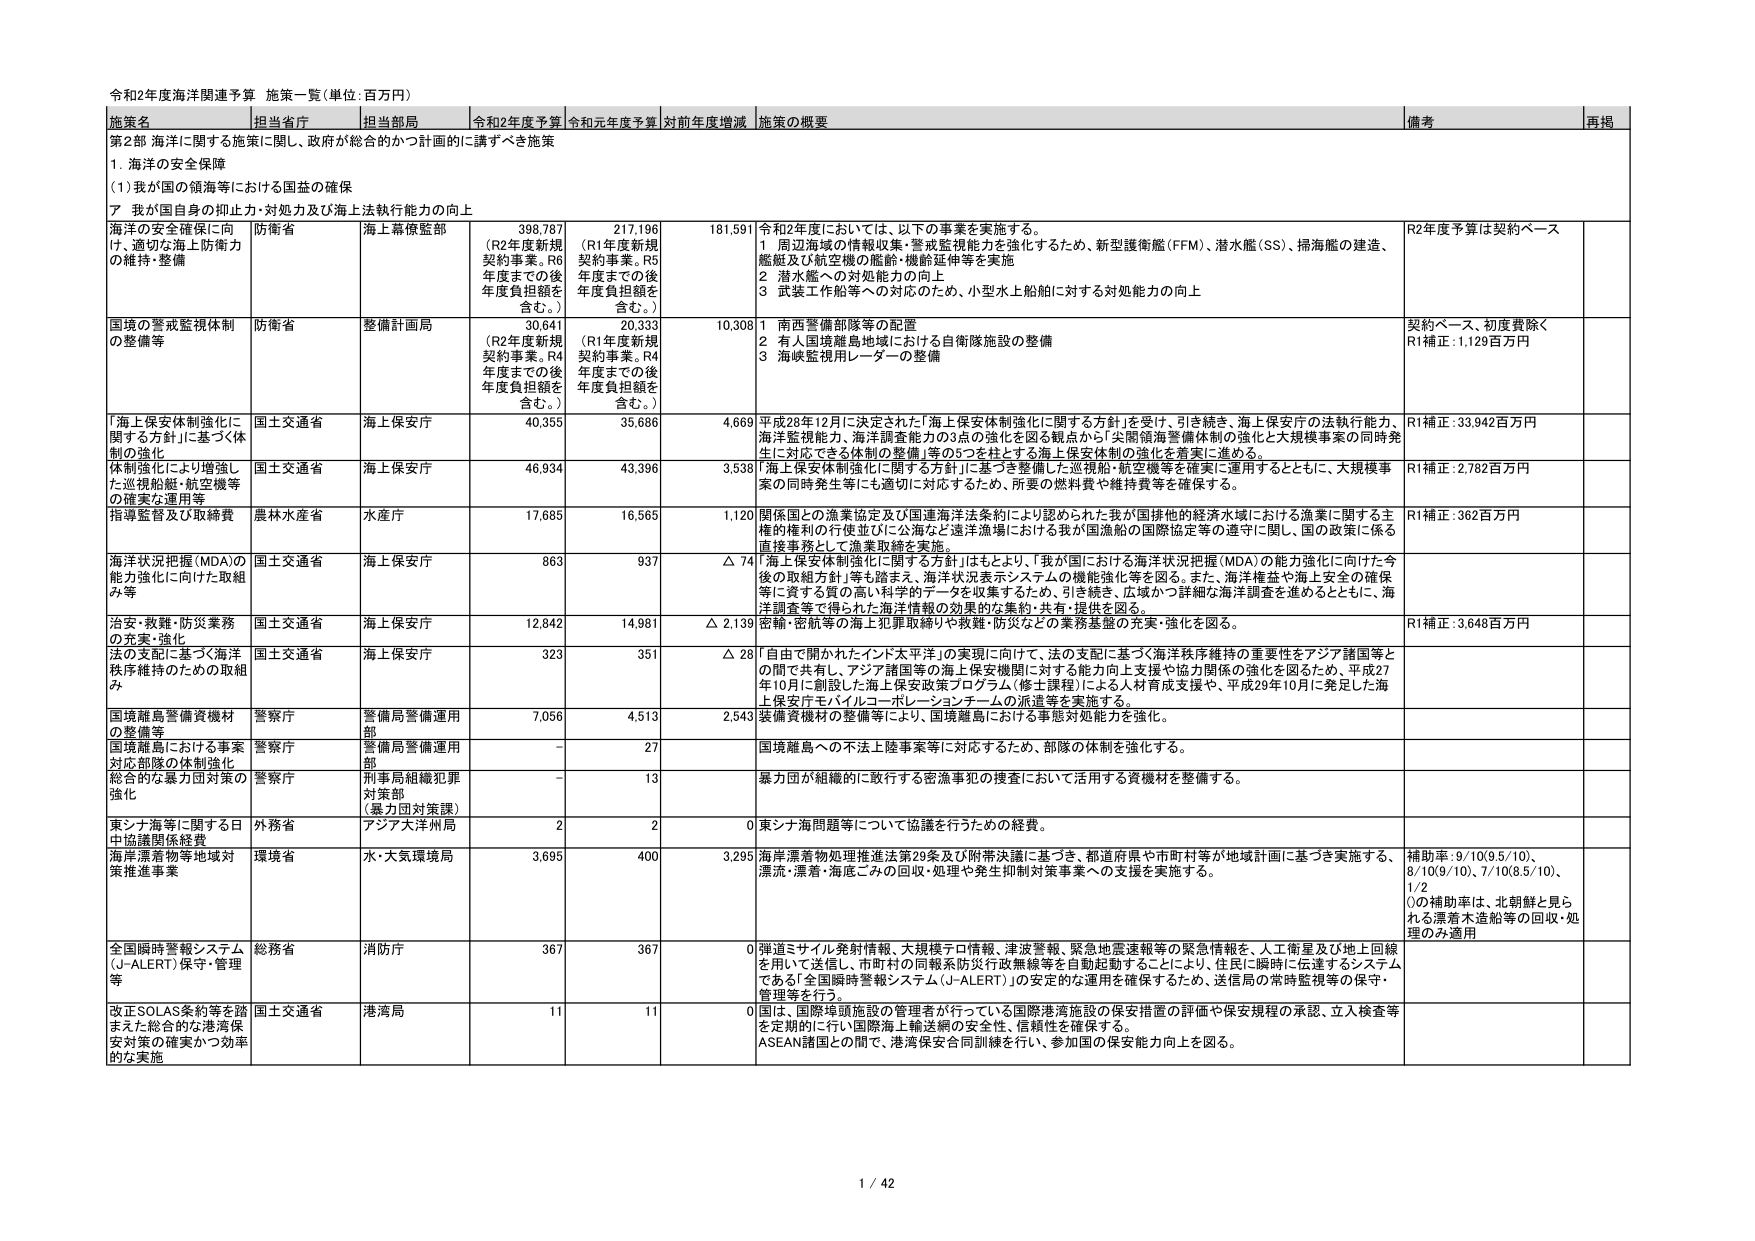
令和2年度海洋関連予算 施策一覧（単位：百万円）

施策名 担当省庁 担当部局 令和2年度予算 令和元年度予算 対前年度増減 施策の概要 備考 再掲

第2部 海洋に関する施策に関し、政府が総合的かつ計画的に講ずべき施策

1. 海洋の安全保障

(1) 我が国の領海等における国益の確保

ア 我が国自身の抑止力・対処力及び海上法執行能力の向上

海洋の安全確保に向け、適切な海上防衛力の維持・整備 防衛省 海上幕僚監部 398,787 （R2年度新規契約事業。R6年度までの後年度負担額を含む。） 217,196 （R1年度新規契約事業。R5年度までの後年度負担額を含む。） 181,591 令和2年度においては、以下の事業を実施する。 1 周辺海域の情報収集・警戒監視能力を強化するため、新型護衛艦（FFM）、潜水艦（SS）、掃海艦の建造、艦艇及び航空機の艦齢・機齢延伸等を実施 2 潜水艦への対処能力の向上 3 武装工作船等への対応のため、小型水上船舶に対する対処能力の向上 R2年度予算は契約ベース

国境の警戒監視体制の整備等 防衛省 整備計画局 30,641 （R2年度新規契約事業。R4年度までの後年度負担額を含む。） 20,333 （R1年度新規契約事業。R4年度までの後年度負担額を含む。） 10,308 1 南西警備部隊等の配置 2 有人国境離島地域における自衛隊施設の整備 3 海峡監視用レーダーの整備 契約ベース、初度費除く R1補正：1,129百万円

「海上保安体制強化に関する方針」に基づく体制の強化 国土交通省 海上保安庁 40,355 35,686 4,669 平成28年12月に決定された「海上保安体制強化に関する方針」を受け、引き続き、海上保安庁の法執行能力、海洋監視能力、海洋調査能力の3点の強化を図る観点から「尖閣領海警備体制の強化と大規模事案の同時発生に対応できる体制の整備」等の5つを柱とする海上保安体制の強化を着実に進める。 R1補正：33,942百万円

体制強化により増強した巡視船舶・航空機等の確実な運用等 国土交通省 海上保安庁 46,934 43,396 3,538 「海上保安体制強化に関する方針」に基づき整備した巡視船・航空機等を確実に運用するとともに、大規模事案の同時発生等にも適切に対応するため、所要の燃料費や維持費等を確保する。 R1補正：2,782百万円

指導監督及び取締費 農林水産省 水産庁 17,685 16,565 1,120 関係国との漁業協定及び国連海洋法条約により認められた我が国排他的経済水域における漁業に関する主権的権利の行使並びに公海など海洋漁場における我が国漁船の国際協定等の遵守に関し、国の政策に係る直接事務として漁業取締を実施。 R1補正：362百万円

海洋状況把握（MDA）の能力強化に向けた取組み等 国土交通省 海上保安庁 863 937 △ 74 「海上保安体制強化に関する方針」はもとより、「我が国における海洋状況把握（MDA）の能力強化に向けた今後の取組方針」等も踏まえ、海洋状況表示システムの機能強化等を図る。また、海洋権益や海上安全の確保等に資する質の高い科学的データを収集するため、引き続き、広域かつ詳細な海洋調査を進めるとともに、海洋調査等で得られた海洋情報の効果的な集約・共有・提供を図る。

治安・救難・防災業務の充実・強化 国土交通省 海上保安庁 12,842 14,981 △ 2,139 密輸・密航等の海上犯罪取締りや救難・防災などの業務基盤の充実・強化を図る。 R1補正：3,648百万円

法の支配に基づく海洋秩序維持のための取組み 国土交通省 海上保安庁 323 351 △ 28 「自由で開かれたインド太平洋」の実現に向けて、法の支配に基づく海洋秩序維持の重要性をアジア諸国等との間で共有し、アジア諸国等の海上保安機関に対する能力向上支援や協力関係の強化を図るため、平成27年10月に創設した海上保安政策プログラム（修士課程）による人材育成支援や、平成29年10月に発足した海上保安庁モバイルコーポレーションチームの派遣等を実施する。

国境離島警備資機材の整備等 警察庁 警備局警備運用部 7,056 4,513 2,543 装備員機材の整備等により、国境離島における事態対処能力を強化。

国境離島における事案対応部隊の体制強化 警察庁 警備局警備運用部 - 27 国境離島への不法上陸事案等に対応するため、部隊の体制を強化する。

総合的な暴力団対策の強化 警察庁 刑事局組織犯罪対策部 （暴力団対策課） - 13 暴力団が組織的に敢行する密漁事犯の捜査において活用する資機材を整備する。

東シナ海等に関する日中協議関係経費 外務省 アジア大洋州局 2 2 0 東シナ海問題等について協議を行うための経費。

海岸漂着物等地域対策推進事業 環境省 水・大気環境局 3,695 400 3,295 海岸漂着物処理推進法第29条及び附帯決議に基づき、都道府県や市町村等が地域計画に基づき実施する、漂流・漂着・海底ごみの回収・処理や発生抑制対策事業への支援を実施する。 補助率：9/10（9.5/10）、8/10（9/10）、7/10（8.5/10）、1/2 （この補助率は、北朝鮮と見られる漂流木造船等の回収・処理のみ適用）

全国瞬時警報システム（J-ALERT）保守・管理等 総務省 消防庁 367 367 0 弾道ミサイル発射情報、大規模テロ情報、津波警報、緊急地震速報等の緊急情報を、人工衛星及び地上回線を用いて送信し、市町村の同報系防災行政無線等を自動起動することにより、住民に瞬時に伝達するシステムである「全国瞬時警報システム（J-ALERT）」の安定的な運用を確保するため、送信局の常時監視等の保守・管理等を行う。

改正SOLAS条約等を踏まえた総合的な港湾保安対策の確実かつ効率的な実施 国土交通省 港湾局 11 11 0 国は、国際埠頭施設の管理者が行っている国際港湾施設の保安措置の評価や保安規程の承認、立入検査等を定期的に行い国際海上輸送網の安全性、信頼性を確保する。 ASEAN諸国との間で、港湾保安合同訓練を行い、参加国の保安能力向上を図る。

1 / 42